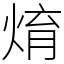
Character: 焴